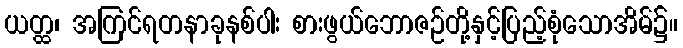
ယတ္ထ၊ အကြင်ရတနာခုနစ်ပါး စားဖွယ်ဘောဇဉ်တို့နှင့်ပြည့်စုံသောအိမ်၌။